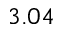
3 . 0 4